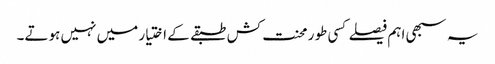
یہ سبھی اہم فیصلے کسی طور محنت کش طبقے کے اختیار میں نہیں ہوتے۔